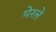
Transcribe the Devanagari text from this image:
मेरले